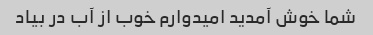
شما خوش آمدید امیدوارم خوب از آب در بیاد